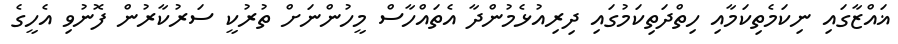
ޣައްޒާގައި ނިކަމެތިކަމާއި ހިތްދަތިކަމުގައި ދިރިއުޅެމުންދާ އެތައްހާސް މީހުންނަށް ތުރުކީ ސަރުކާރުން ފޮނުވި އެހީގެ